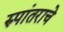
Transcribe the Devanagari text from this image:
रुपांतराचे